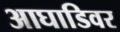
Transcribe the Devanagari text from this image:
आघाडिवर